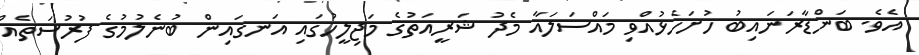
އެވެ. ބަންޑާރަނައިބު ހުށަހެޅުއްވި މައްސަލައާ މެދު ޝަރީއަތުގެ މަޖިލީހުގައި އަނގައިން ބުނެލުމުގެ ފުރުސަތެއް